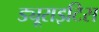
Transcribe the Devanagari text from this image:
ड्यूराइटिस